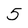
Character: 5